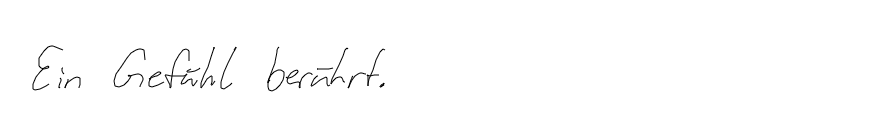
Ein Gefühl berührt.